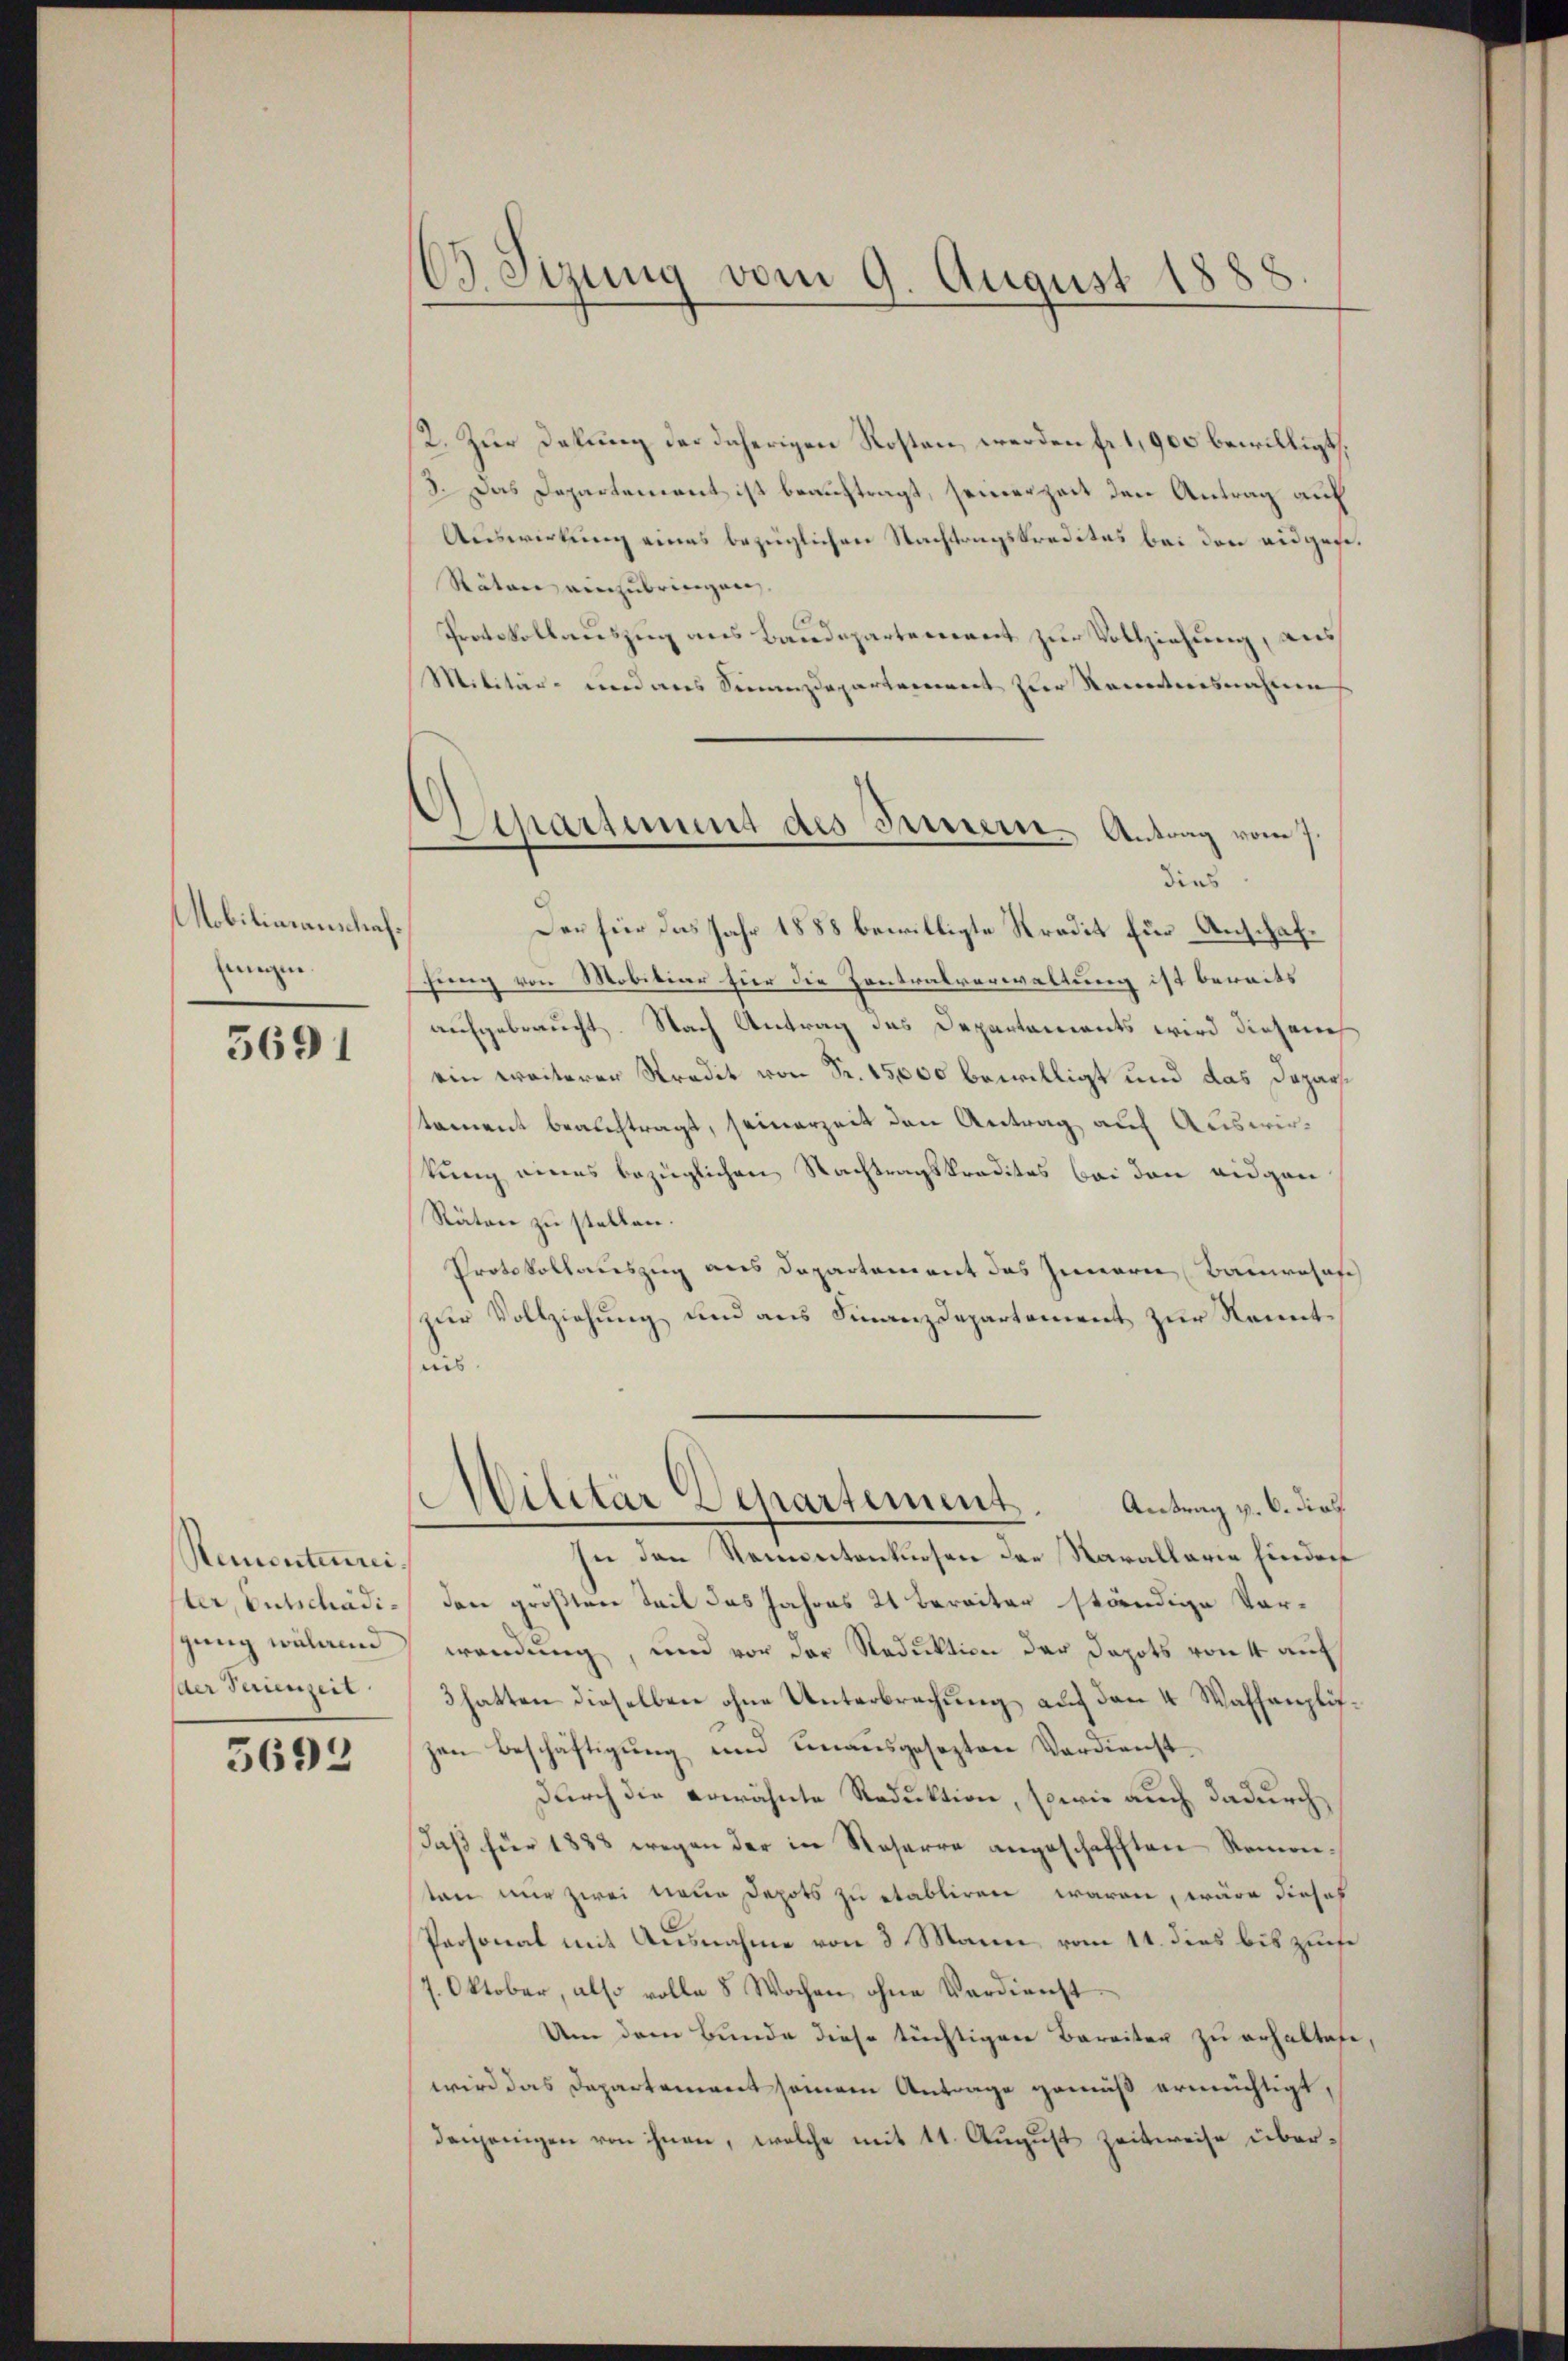
Nobiliaianschafjungen

5691

Remontenni.
ter, Entschädistung während
der Ferienzeit

5693

3 Sizung vom 9. August 1888

Spartement des Ferner Antrag vom
dies

2. Zur Dekung der daherigen Kosten werden fr. 1900 bewilligt,
13. Das Departement ist beauftragt, seinerzeit den Antrag auf
Auswirkung eines bezüglichen Nachtragskredites bei den eidgese¬
Räten anzubringen.
Protokollauszug aus Baudepartement zur Vollziehung, aus
Militär- und aus Finanzdepartement zur Kenntensnahme
Der für das Jahr 1888 bewilligte Kredit für Anschafhung von Mobiliar hier die Zentralverwaltung ist bereits
aufgebraucht. Nach Antrag des Departaments wird diesench
ein weiterer Stradit von Fr. 15,000 bewilligt und das Daparstament beauftragt, seinerzeit den Antrag auf Auswirkung eines bezüglichen Nachtragskredites bei den eidgen
Räten zu stellen.
Protokollauszug aus Departement des Innern Baumesas
zur Vollziehung und aus Finanzdepartement zur Kenntins
Militär Departement. Antrag v. 6. dief
In den Namentantuosen der Narallaria hinder
den größten Teil das Jahres 21 bereiter ständige Vor-
wendung, und vor der Reduktion der Depots von 4 auf
3 hatten dieselben ohne Unterbrechung auf den 4 Waffenplifzen Beschäftigŭng und unausgesezten Verdienst
durch die erwähnte Reduktion, sowie auch dadurch
Daß für 1833 wegen der in Roserre angeschafften Romen-
ten nur zwei neue Depots zu etabliren waren, wäre dieses
Personat mit Ausnahme von 3 Mann vom 11. dies bis zuese
7. Oktober, also volle 8 Wochen, ohne Verdienst
Um dem Bunde diese tüchtigen Bereiter zu erhaltete,
wird das Departement seinen Antrage gemäß ermächtigt,
denjenigen von ihnen, welche mit 11. August Zeitweise über¬